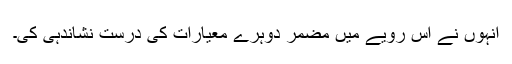
انہوں نے اس رویے میں مضمر دوہرے معیارات کی درست نشاندہی کی۔